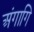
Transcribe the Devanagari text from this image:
अंगागि